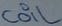
Text: coil